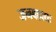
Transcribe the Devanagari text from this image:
जनबहाद्यः